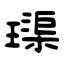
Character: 璖